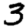
Digit: 3